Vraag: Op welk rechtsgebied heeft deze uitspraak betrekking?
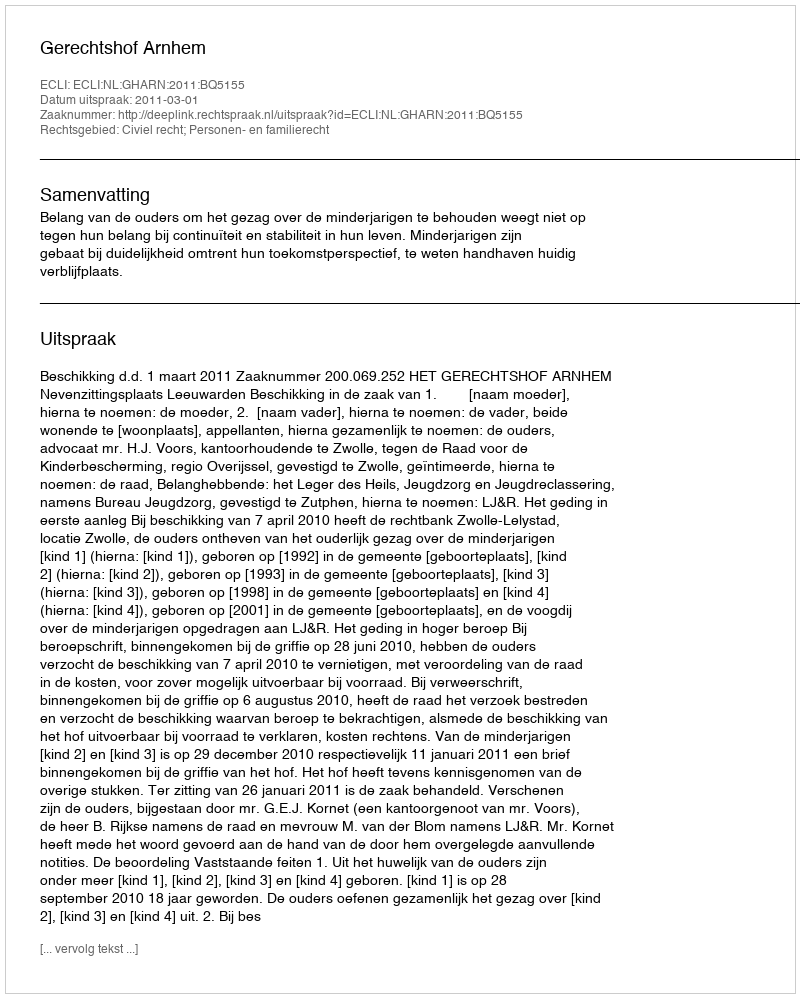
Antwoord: Civiel recht; Personen- en familierecht